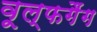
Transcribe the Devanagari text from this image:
वूल्फगैंग